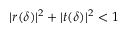
| r ( \delta ) | ^ { 2 } + | t ( \delta ) | ^ { 2 } < 1